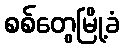
စစ်တွေမြို့ခံ